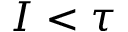
I < \tau